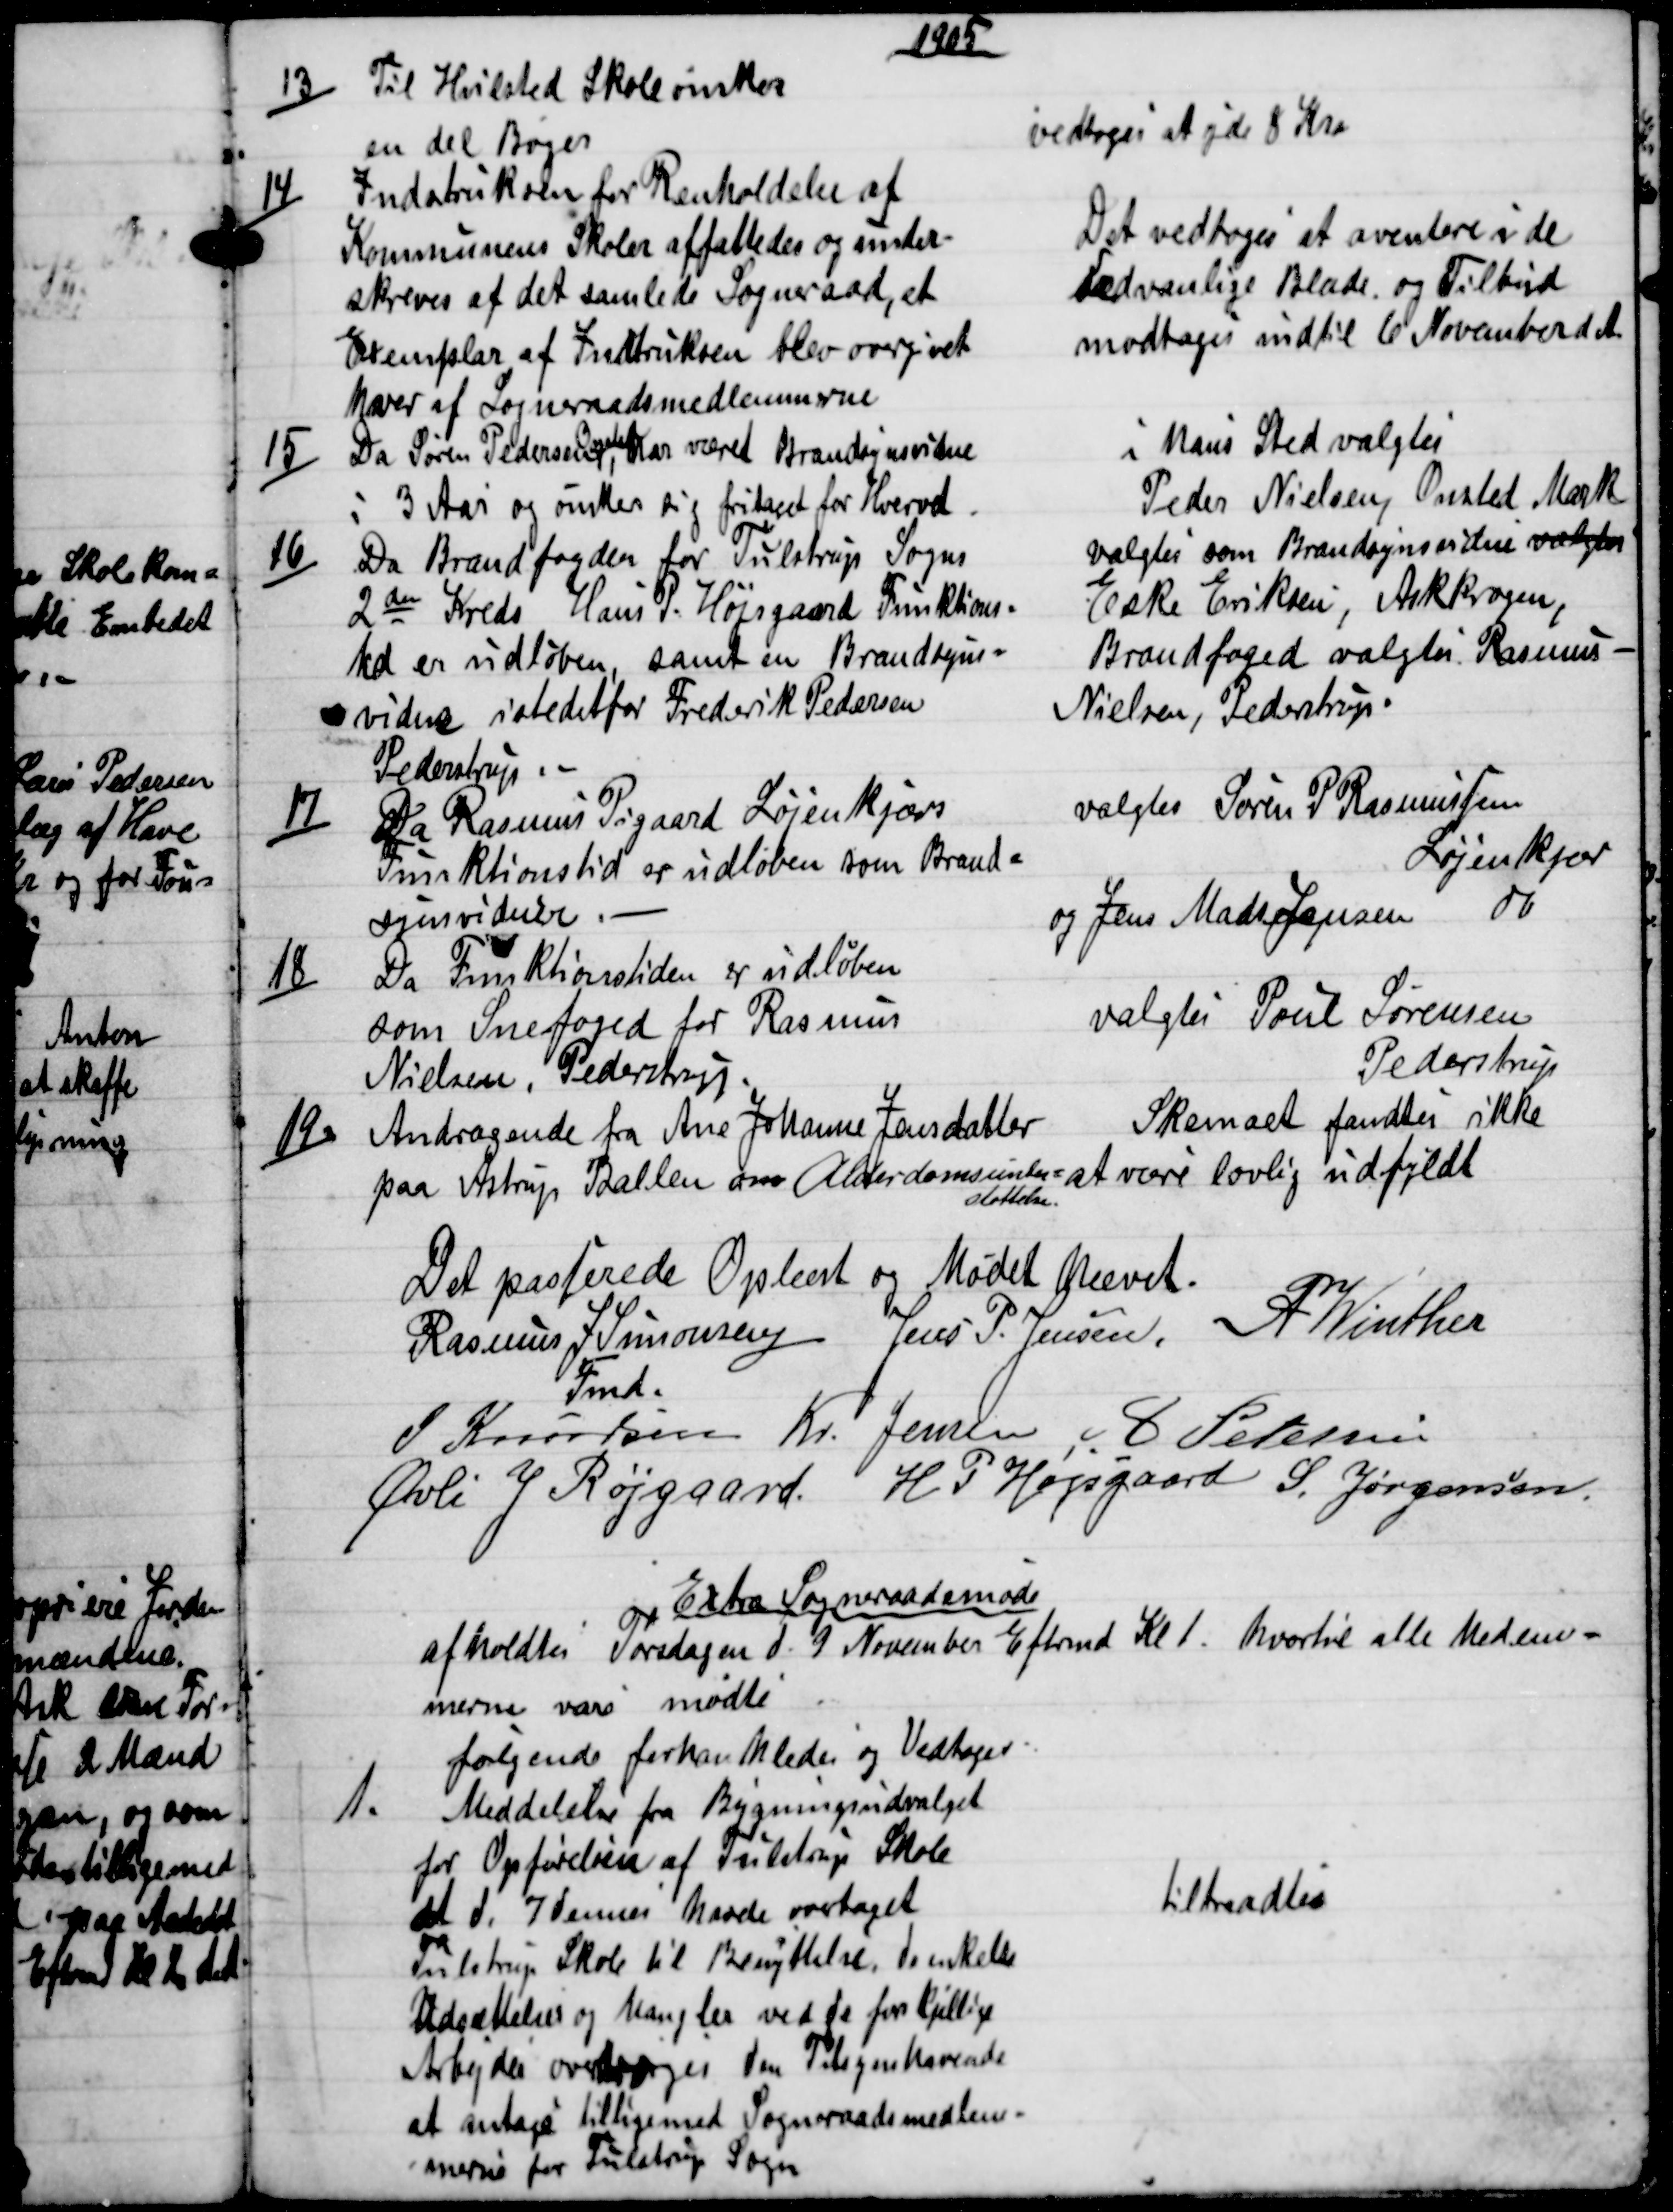
Transskription:
1905
13)
Til Hvilsted Skole ønskes
en del Bøger
vedtoges at yde 8 Kr
14)
Indstruksen for Renholdelse af
Kommunens Skoler affattedes og under-
skreves af det samlede Sogneraad, et
Exemplar af Indtruksen blev overgivet
hver af Sogneraadsmedlemmerne
Det vedtoges at aventere i de
Sædvanlige Blade og Tilbud
modtages indtil 6 November d. A.
15)
Da Søren Pedersen 
Onsted
har været Brandsynsvidne
i 3 Aar og ønsker sig fritaget for Hvervet.
i hans Sted valgtes
Peder Nielsen, Onsted Mark
16)
Da Brandfogden for Tulstrup Sogns
2den Kreds Hans P. Højsgaard Frunktion=
tid er udløben, samt en Brandsyns=
vidne istedetfor Frederik Pedersen
Pederstrup. 
valgtes som Brandsynsvidne valgtes
Eske Eriksen, Askkrogen,
Brandfoged valgtes Rasmus-
Nielsen, Pederstrup.
17)
Da Rasmus Pigaard Løjenkjærs
Funktionstid er udløben som Brand=
Synsvidner
valgtes Søren P Rasmussen
Løjenkjær
og Jens Mads Jensen 
do
18)
Da Funktionstiden er udløben
som Snefoged for Rasmus
Nielsen, Pederstrup.
valgtes Poul Sørensen
Pederstrup
19)
Andragende fra Ane Johanne Jensdatter
paa Astrup Ballen om Alderdomsunder=
støttelse.
Skemaet fandtes ikke
at være lovlig udfyldt
Det passerede Oplæst og Mødet hævet.
Rasmus J. Simonsen 
Fmd.
Jens P. Jensen. A. Winther
J Knudsen Kr. Jensen A Petersen
Øvli J Røjgaard. H. P. Højsgaard S. Jørgensen
 Extra Sogneraadsmøde
afholdtes Torsdagen d. 9 November Eftrmd Kl 1. hvortil alle Medlem=
merne vare mødte
følgende forhandledes og Vedtoges.
1.
Meddelelse fra Bygningsudvalget
for Opførelsen af Tulstrup Skole
at d. 7 dennes havde overtaget
Tulstrup Skole til Benyttelse. de enkelte
Udsættelser og Mangler ved de forskjellige
Arbejder overdroges den Tilsynshavende
at antage tilligemed Sogneraadsmedlem-
merne for Tulstrup Sogn
tiltraadtes